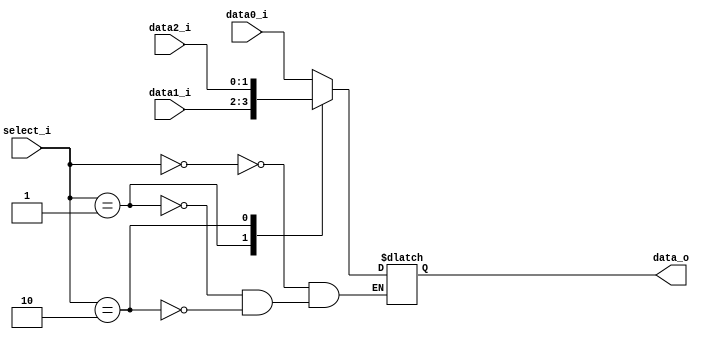
//Subject:     CO project 5 - MUX 3to1
//--------------------------------------------------------------------------------
//Version:     1
//--------------------------------------------------------------------------------
//Writer:       0340249
//----------------------------------------------
//----------------------------------------------
//Description: For debug use.
//--------------------------------------------------------------------------------
     
module MUX_3to1(
               data0_i,
               data1_i,
               data2_i,
               select_i,
               data_o
);

parameter size = 0;			   
			
//I/O ports               
input   [size-1:0] data0_i;          
input   [size-1:0] data1_i;
input   [size-1:0] data2_i;
input   [2-1:0]    select_i;
output  [size-1:0] data_o; 

//Internal Signals
reg     [size-1:0] data_o;

//Main function
always @(data0_i or data1_i or data2_i or select_i)
begin
	//$display("%b %b %b %b", data0_i, data1_i, data2_i, select_i);
	case (select_i)
		2'b00: begin
			data_o = data0_i;
		end
		2'b01: begin
			data_o = data1_i;
		end
		2'b10:
			data_o = data2_i;
	endcase
end

endmodule      

/*
module stimulus;

reg in0, in1;
reg s;
wire out;

MUX_2to1 mux(in0, in1, s, out);

initial
begin
	in0 = 1; in1 = 2;
	$display("%b, %b", in0, in1);

	s = 0;
	#1 $display("%b", out);

	s = 1;
	#1 $display("%b", out);
end

endmodule
*/